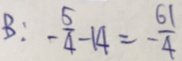
B : - \frac { 5 } { 4 } - 1 4 = - \frac { 6 1 } { 4 }